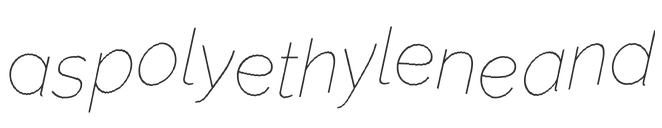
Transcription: as polyethylene and